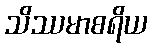
သိဿမာစရိယ